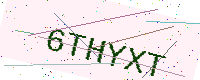
Text: 6THYXT